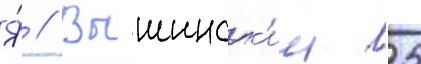
Я́ // Вышинск'ии 25